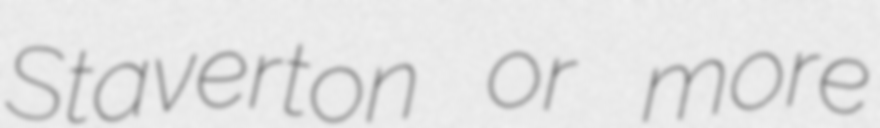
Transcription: Staverton or more